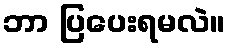
ဘာ ပြပေးရမလဲ။